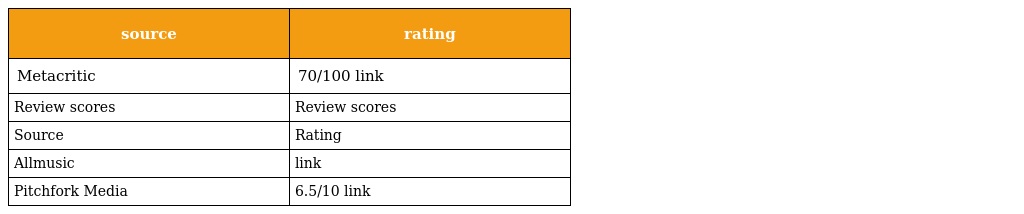
| source | rating |
 | --- | --- |
 | Metacritic | 70/100 link |
 | Review scores | Review scores |
 | Source | Rating |
 | Allmusic | link |
 | Pitchfork Media | 6.5/10 link |